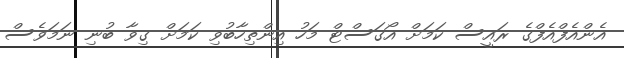
އެންއެފްއެފްގެ ރައީސް ކަމަށް އޯގަސްޓް މަހު އިންތިހާބުވި ކަމަށް ގިވާ ބުނި ނަމަވެސް